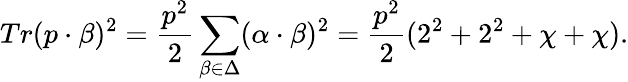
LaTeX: Tr(p\cdot\beta)^{2}={\frac{p^{2}}{2}}\sum_{\beta\in\Delta}(\alpha\cdot\beta)^{2}={\frac{p^{2}}{2}}(2^{2}+2^{2}+\chi+\chi).